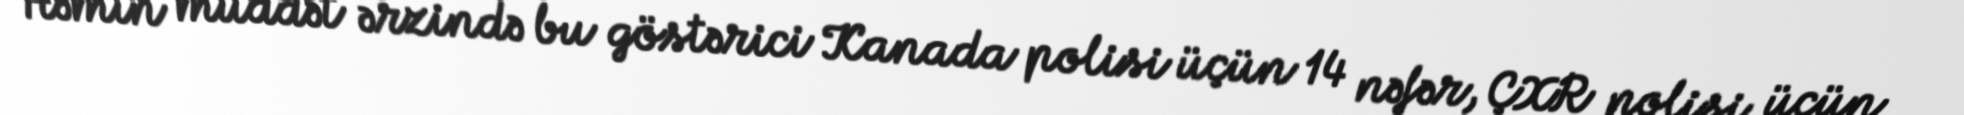
Həmin müddət ərzində bu göstərici Kanada polisi üçün 14 nəfər, ÇXR polisi üçün